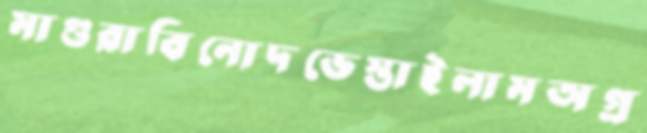
মাগুরাবিনোদভেস্তাইলামঅগ্র